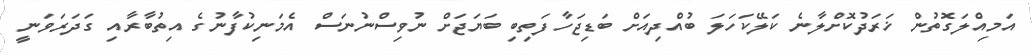
އަމިއްލަގޮތުން ޚަރަދުކޮށްލާނެ ކަލޭކަހަލަ ބުއްދިއަށް ބަޑިޖަހާފަތިބި ބަޔަޖަށް ނުވިސްނުނަސް އެމަނިކުފާނުގެ އިތުބާރާއި ގަދަރަވަނީ